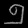
Digit: ၅